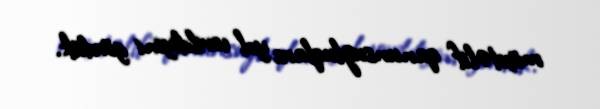
müxtəlif qanunsuzluqlara yol verildiyini gördük.